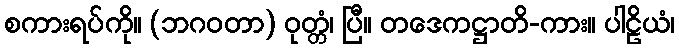
စကားရပ်ကို။ (ဘဂဝတာ) ဝုတ္တံ၊ ပြီ။ တဒေကဋ္ဌာတိ-ကား။ ပါဠိယံ၊